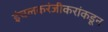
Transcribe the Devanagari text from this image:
इंचलकरंजीकरांकडून